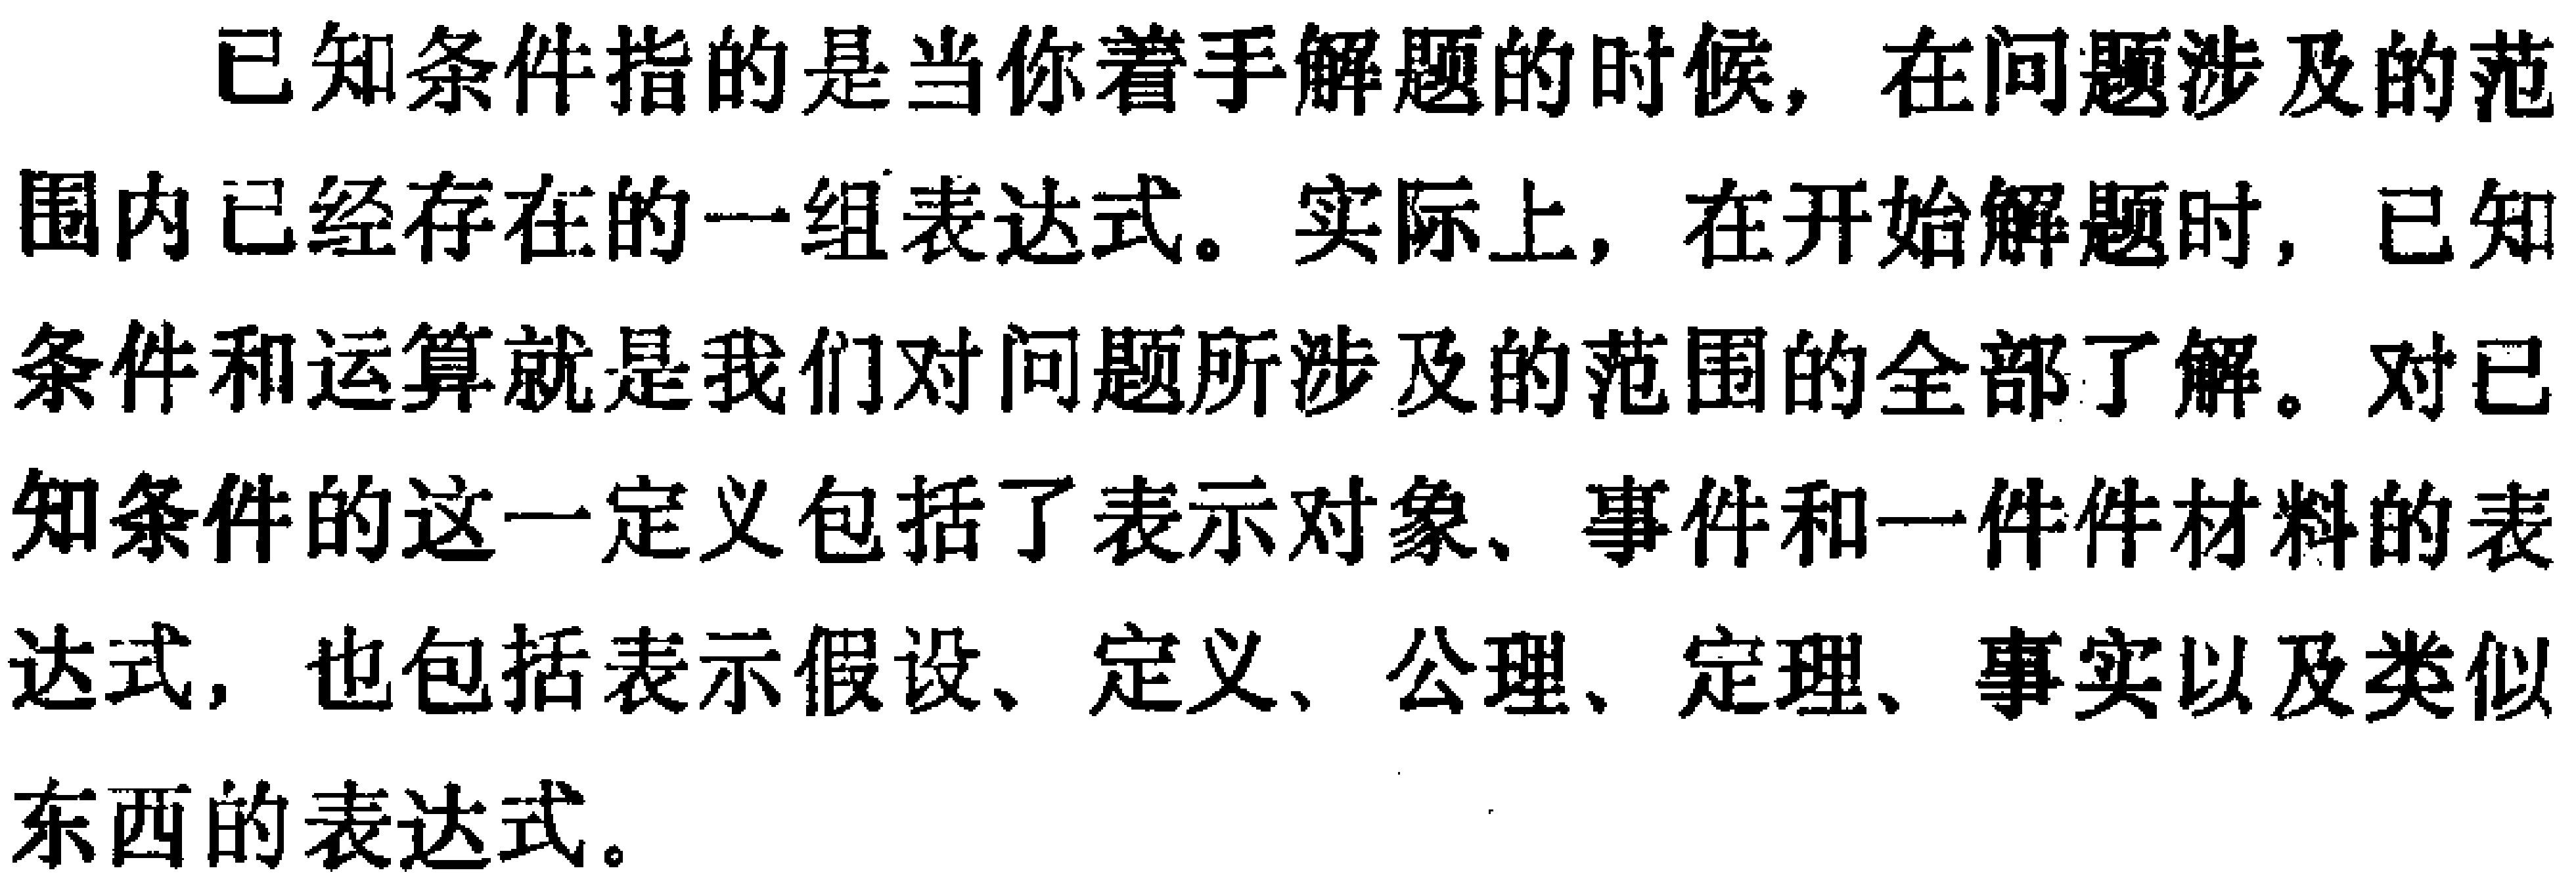
已知条件指的是当你着手解题的时候，在问题涉及的范
围内已经存在的一组表达式。实际上，在开始解题时，已知
条件和运算就是我们对问题所涉及的范围的全部了解。对已
知条件的这一定义包括了表示对象、事件和一件件材料的表
达式，也包括表示假设、定义、公理、定理、事实以及类似
东西的表达式。